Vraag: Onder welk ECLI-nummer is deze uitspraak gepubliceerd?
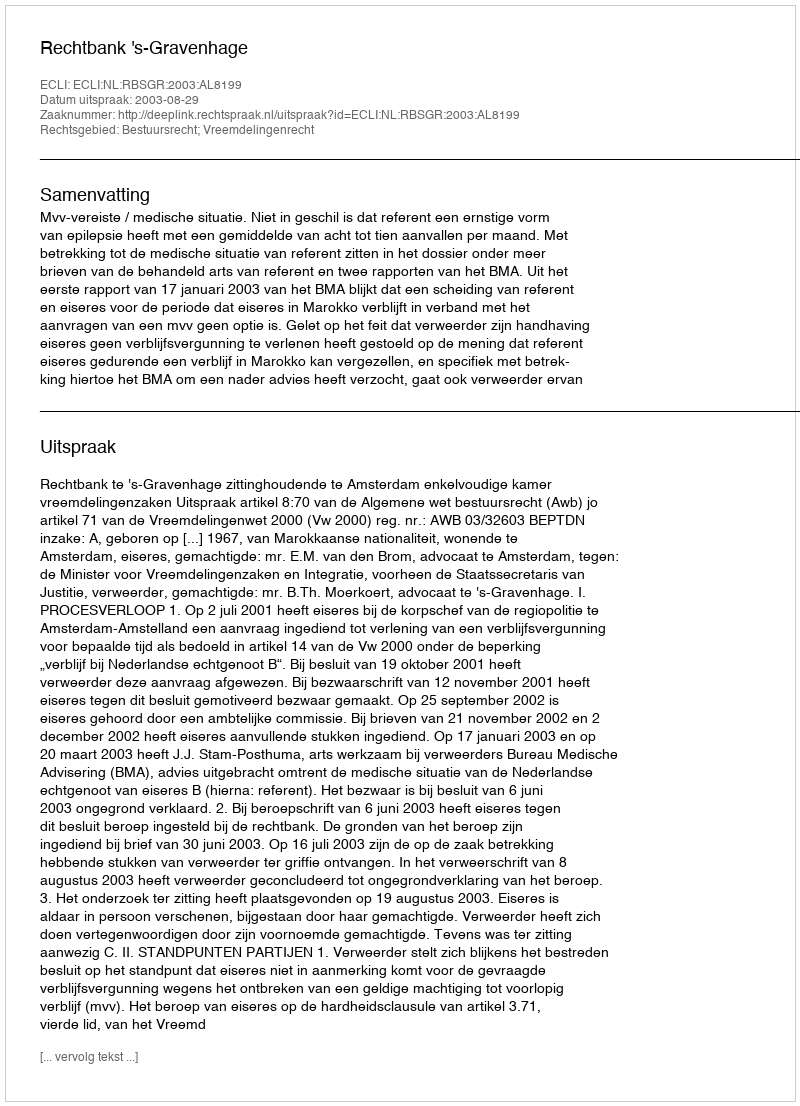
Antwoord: ECLI:NL:RBSGR:2003:AL8199